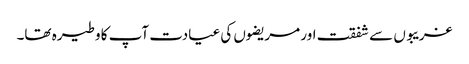
غریبوں سے شفقت اور مریضوں کی عیادت آپ کا وطیرہ تھا۔